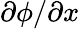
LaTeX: \partial\phi/\partial x